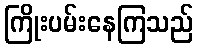
ကြိုးပမ်းနေကြသည်